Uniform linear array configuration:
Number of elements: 24
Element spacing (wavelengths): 1
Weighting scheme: kaiser
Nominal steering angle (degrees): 15
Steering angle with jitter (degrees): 13.454
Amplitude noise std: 0.05
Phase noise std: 0.05

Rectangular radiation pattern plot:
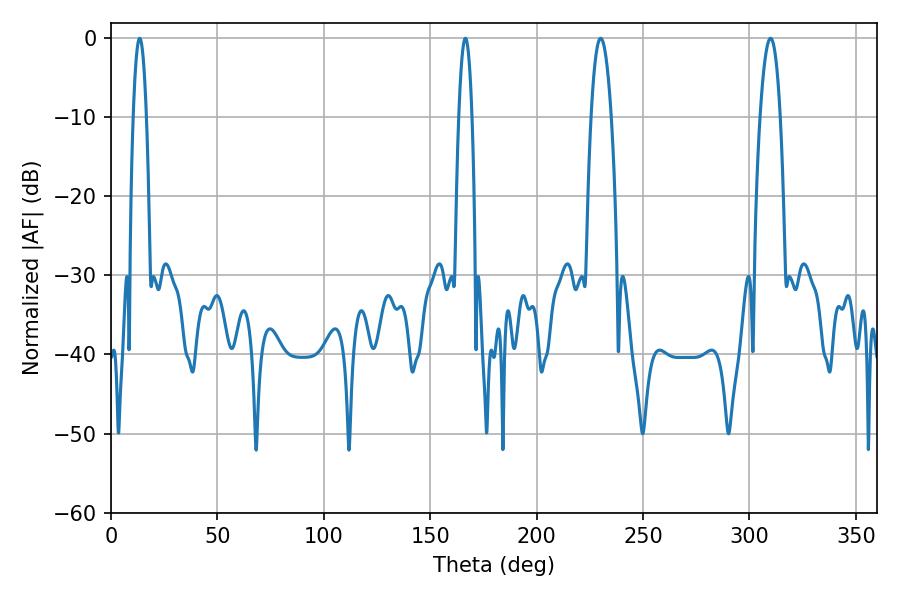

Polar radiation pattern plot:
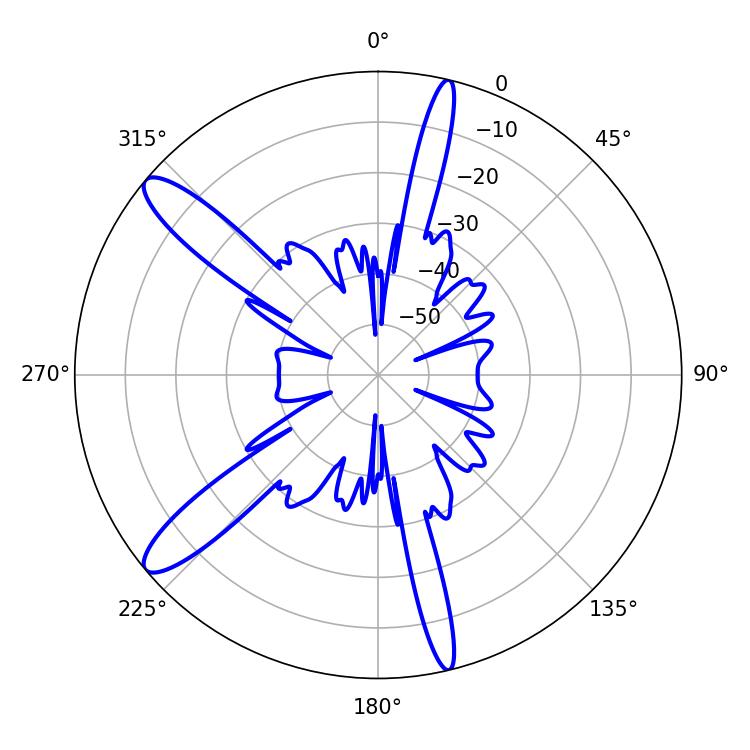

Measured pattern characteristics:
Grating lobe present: TRUE
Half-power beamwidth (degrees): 3.24
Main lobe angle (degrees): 13.5